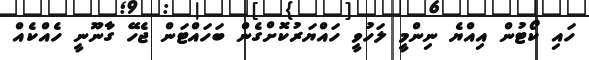
ހައި ކޯޓުން އިއްޔެ ނިންމީ ލަހުވީ ހައްޔަރުކޮށްގެން ބަހައްޓަން ޖެހޭ ގާނޫނީ ހެއްކެއް